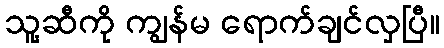
သူ့ဆီကို ကျွန်မ ရောက်ချင်လှပြီ။